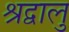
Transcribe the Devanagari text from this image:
श्रद्वालु